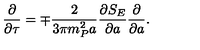
\frac { \partial } { \partial \tau } = \mp \frac { 2 } { 3 \pi m _ { P } ^ { 2 } a } \frac { \partial S _ { E } } { \partial a } \frac { \partial } { \partial a } .